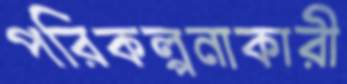
পরিকল্পনাকারী